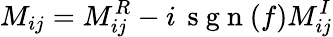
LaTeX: M_{ij}=M_{ij}^{R}-i\, \mathrm{~s~g~n~}(f)M_{ij}^{I}